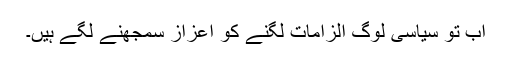
اب تو سیاسی لوگ الزامات لگنے کو اعزاز سمجھنے لگے ہیں۔